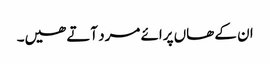
ان کے ھاں پرائے مرد آتے ھیں۔